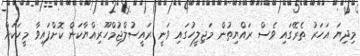
މިދިޔަ އަހަރު ތެރޭގައި ވެސް ރައްޔިތުން މަޖިލީހުގައި ވަނީ ރައީސުލްޖުމްހޫރިއްޔާކަން ކޮށްފައިވާ މީހަކަށް